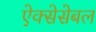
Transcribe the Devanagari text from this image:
ऐक्सेसेबल